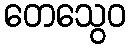
တေသွေဝ